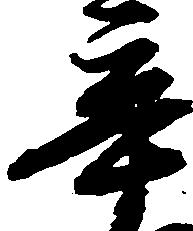
辛